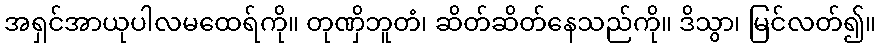
အရှင်အာယုပါလမထေရ်ကို။ တုဏှိဘူတံ၊ ဆိတ်ဆိတ်နေသည်ကို။ ဒိသွာ၊ မြင်လတ်၍။